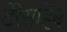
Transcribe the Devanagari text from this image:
डेरेसाहेब